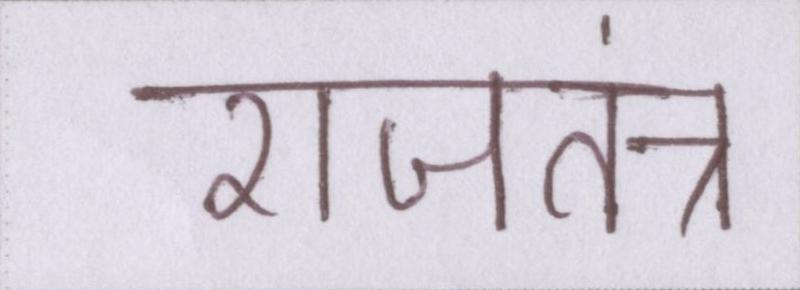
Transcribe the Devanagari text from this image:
राजतंत्र